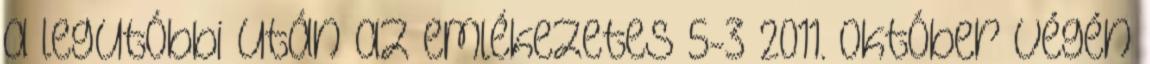
a legutóbbi után az emlékezetes 5-3 2011. október végén